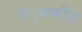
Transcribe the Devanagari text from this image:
चंुबकीय